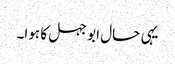
یہی حال ابو جہل کا ہوا۔